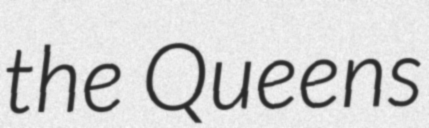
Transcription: the Queens